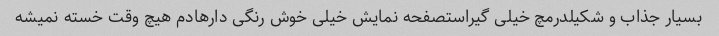
بسیار جذاب و شکیلدر‌مچ خیلی گیراستصفحه نمایش خیلی خوش رنگی دارهادم هیچ وقت خسته نمیشه